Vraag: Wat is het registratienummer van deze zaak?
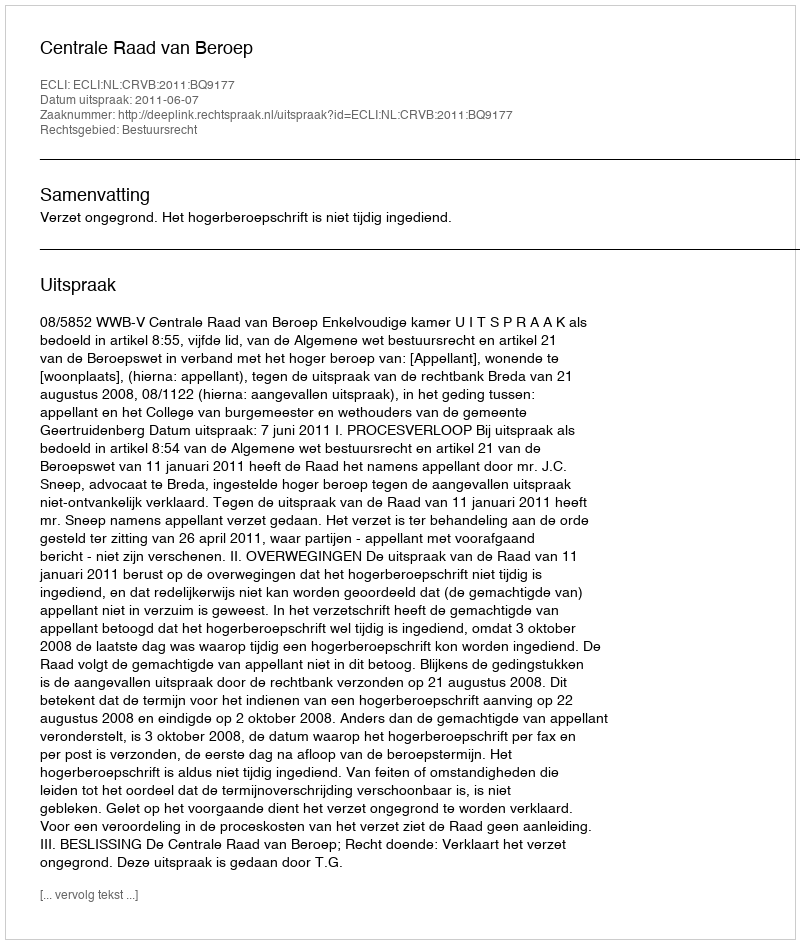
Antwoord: http://deeplink.rechtspraak.nl/uitspraak?id=ECLI:NL:CRVB:2011:BQ9177